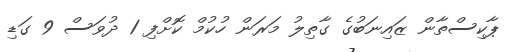
ޕާކިސްތާން ޒައިނަބުގެ ގާތިލު މަރަން ހުކުމް ކޮށްފި 1 ދުވަސް 9 ގަޑި